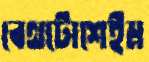
বেথটোশেইম